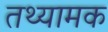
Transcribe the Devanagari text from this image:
तथ्यामक